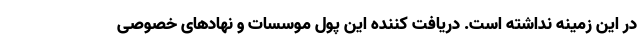
در این زمینه نداشته است. دریافت کننده این پول موسسات و نهادهای خصوصی